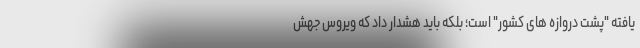
یافته "پشت دروازه های کشور" است؛ بلکه باید هشدار داد که ویروس جهش